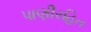
પાણીરહિત